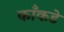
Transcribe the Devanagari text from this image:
काँकडे